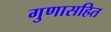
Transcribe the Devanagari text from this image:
गुणासहित